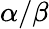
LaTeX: \alpha/\beta